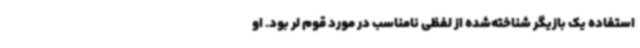
استفاده یک بازیگر شناخته‌شده از لفظی نامناسب در مورد قوم لر بود. او